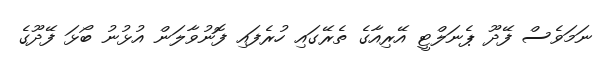
ނަމަވެސް ފޭދޫ ޕެނަލްޓީ އޭރިއާގެ ތެރޭގައި ހުރެފައި ފޮނުވާލަން އުޅުނު ބޯޅަ ފޭދޫގެ